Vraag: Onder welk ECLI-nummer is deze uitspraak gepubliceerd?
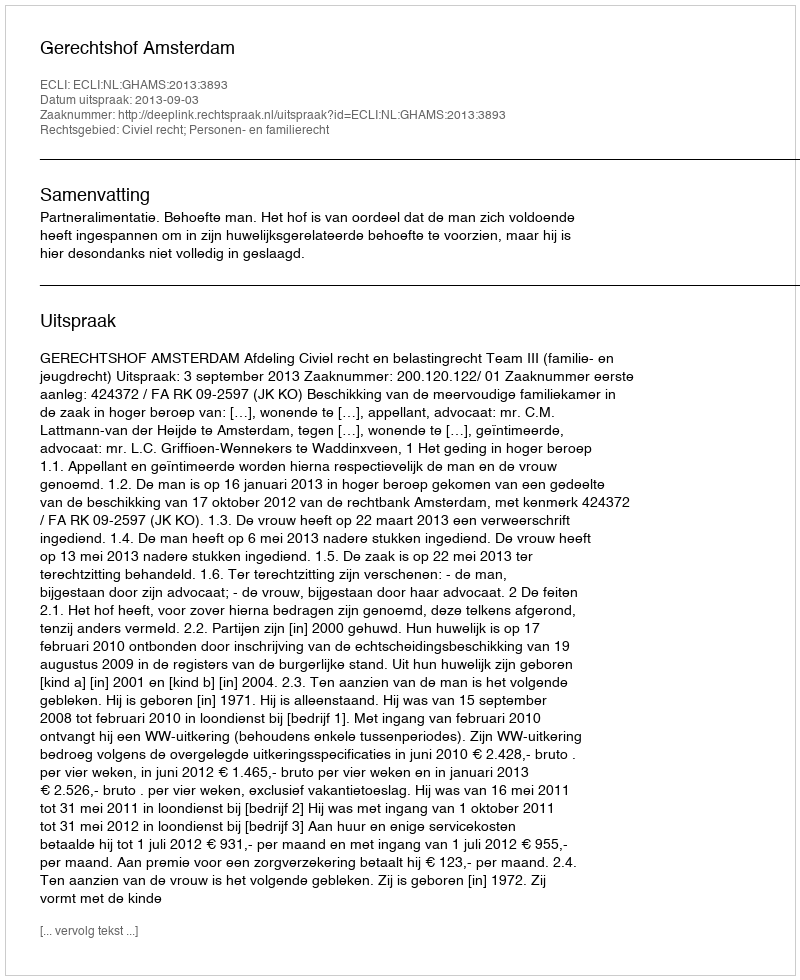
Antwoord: ECLI:NL:GHAMS:2013:3893